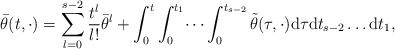
LaTeX: \begin{align*}\bar{\theta}(t, \cdot) = \sum_{l = 0}^{s - 2} \frac{t^{l}}{l!} \bar{\theta}^{l} + \int_{0}^{t} \int_{0}^{t_{1}} \dots \int_{0}^{t_{s-2}}\tilde{\theta}(\tau, \cdot) \mathrm{d}\tau \mathrm{d}t_{s-2} \dots \mathrm{d}t_{1}, \end{align*}